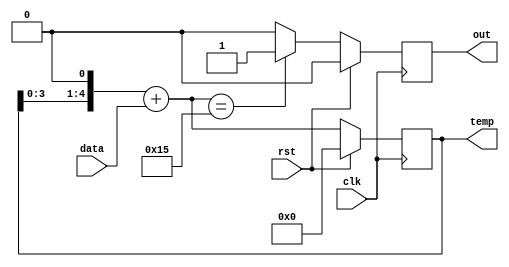
`timescale 1ns / 1ps


module Mealy10101(clk, rst, data, out, temp);

    input clk, rst, data;
    output out;
    output[4:0] temp;
    reg [4:0] temp;
    reg out;
    
    
    initial temp = 5'b00000;
    initial out = 1'b0;
        
        always @(posedge clk)begin
        temp =(temp << 1)+data;
        
        if(rst == 1'b1) begin
        temp = 5'b00000;
        out = 1'b0;
        end
        
        else if(temp ==5'b10101) out =1'b1;
        else out = 1'b0;
        
        end
    
endmodule